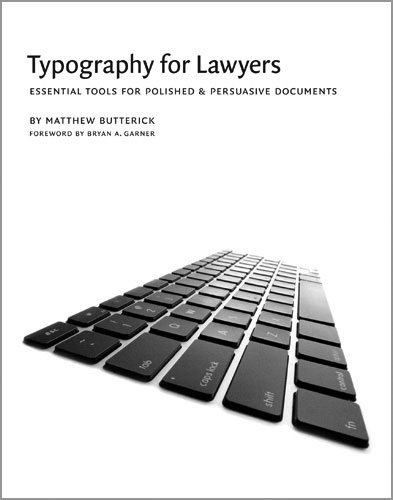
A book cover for Typography for Lawyers; Matthew Butterick; Arts & Photography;